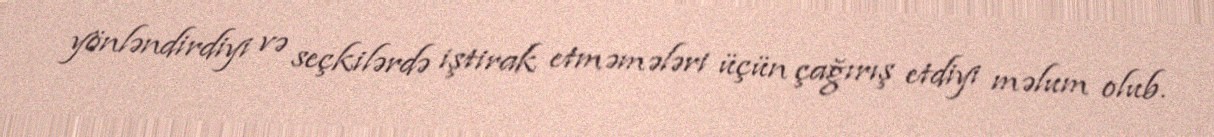
yönləndirdiyi və seçkilərdə iştirak etməmələri üçün çağırış etdiyi məlum olub.